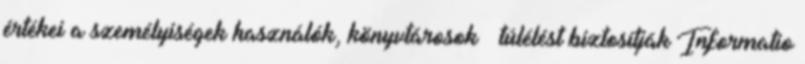
értékei a személyiségek használók, könyvtárosok – túlélést biztosítják Informatio